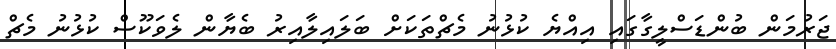
ޖަރުމަން ބުންޑަސްލީގާގައި އިއްޔެ ކުޅުނު މެޗްތަކަށް ބަލައިލާއިރު ބެޔާން ލެވަކޫސް ކުޅުނު މެޗް